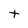
Character: t